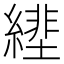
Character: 𦄕